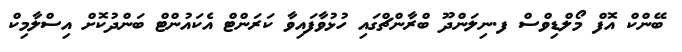
ބޭންކް އޮފް މޯލްޑިވްސް ފ.ނިލަންދޫ ބްރާންޗްގައި ހުޅުވާފައިވާ ކަރަންޓް އެކައުންޓް ބަންދުކޮށް އިސްލާމިކް